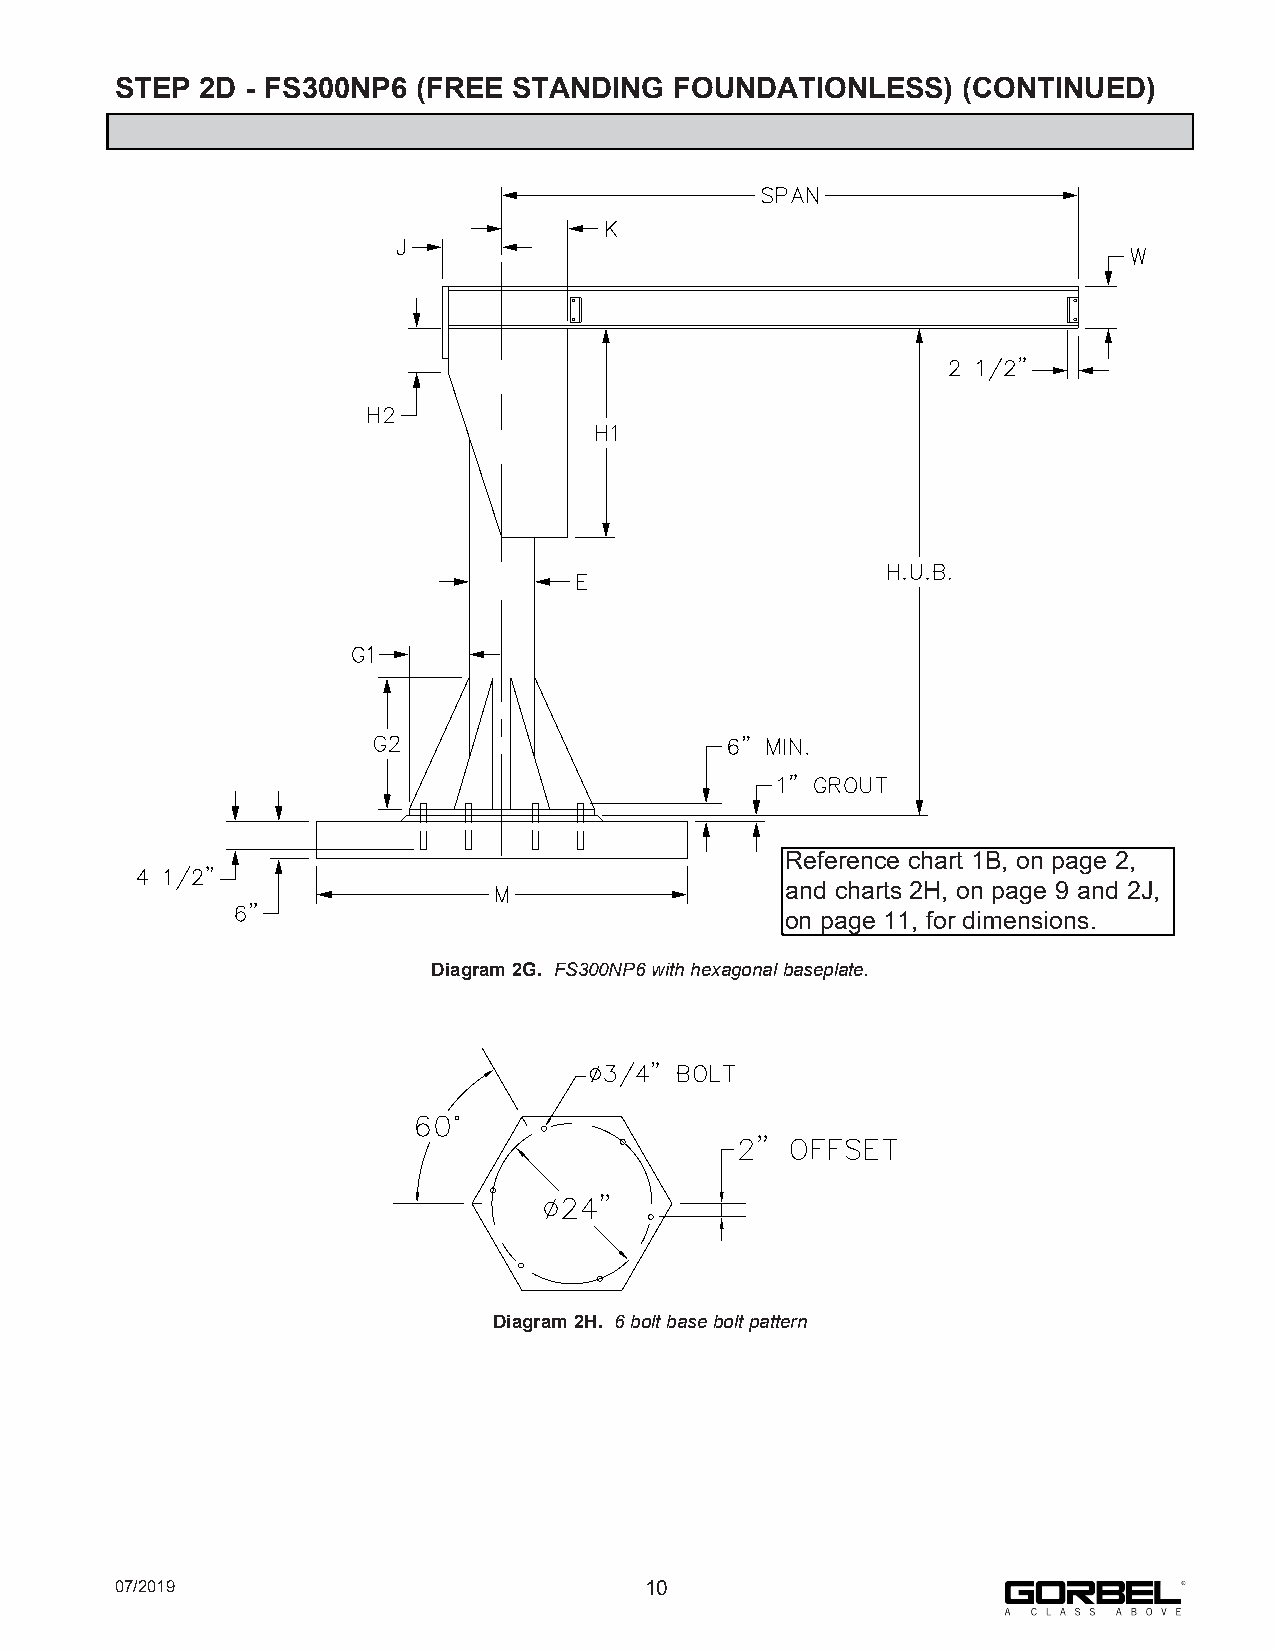
STEP 2D - FS300NP6  (FREE STANDING   FOUNDATIONLESS)    (CONTINUED)
 Reference chart 1B, on page 2,
 and charts 2H, on page 9 and 2J,
 on page 11, for dimensions.
 Diagram 2G. FS300NP6 with hexagonal baseplate.
 Diagram 2H. 6 bolt base bolt pattern
 07/2019                            10